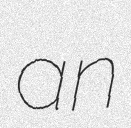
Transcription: an